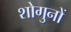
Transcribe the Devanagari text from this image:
शोगुनों